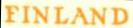
FINLAND